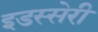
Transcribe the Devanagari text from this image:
इडस्सेरी